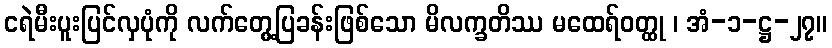
ငရဲမီးပူးပြင်လှပုံကို လက်တွေ့ပြခန်းဖြစ်သော မိလက္ခတိဿ မထေရ်ဝတ္ထု ၊ အံ-၁-ဋ္ဌ-၂၇။